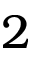
2